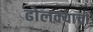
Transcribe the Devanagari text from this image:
ढोलक्याची